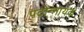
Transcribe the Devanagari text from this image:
पटोन्नायक